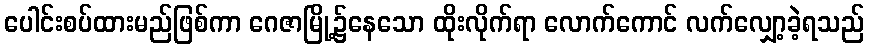
ပေါင်းစပ်ထားမည်ဖြစ်ကာ ဂေဇာမြို့၌နေသော ထိုးလိုက်ရာ လောက်ကောင် လက်လျှော့ခဲ့ရသည်